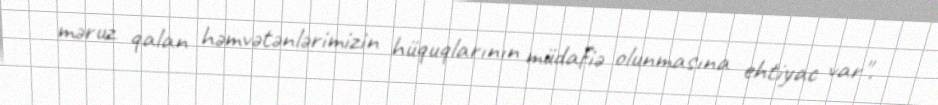
məruz qalan həmvətənlərimizin hüquqlarının müdafiə olunmasına ehtiyac var".